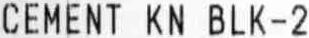
CEMENT KN BLK-2